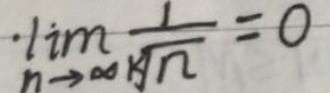
\[ \lim_{n\rightarrow\infty} \frac{1}{\sqrt[n]{n}} = 0 \]